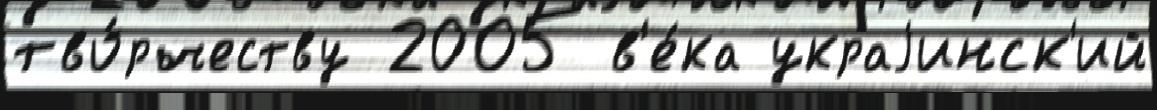
тво́рчеству 2005 в'е́ка украjинск'ий